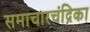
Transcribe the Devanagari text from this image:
समाचारचंद्रिका